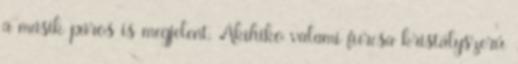
a másik páros is megjelent, Akihiko valami furcsa kristályszerű